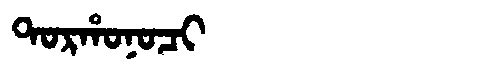
Manchu: ᡨᠣᡵᡥᠣᠨᠣᠴᡳ
Romanization: TORHONOCI